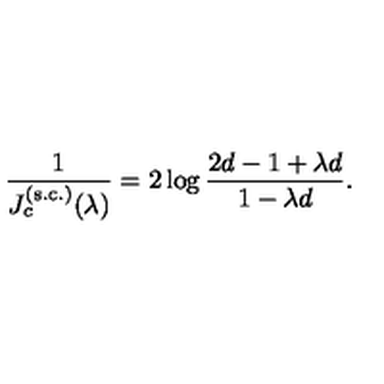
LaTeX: { \frac { 1 } { J _ { c } ^ { \mathrm { ( s . c . ) } } ( \lambda ) } } = 2 \log { \frac { 2 d - 1 + \lambda d } { 1 - \lambda d } } .